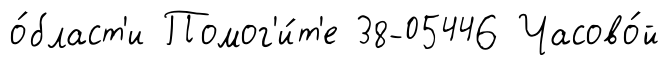
о́бласт'и Помог'и́т'е 38-05446 Часово́й